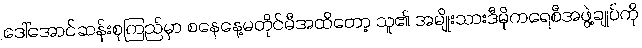
ဒေါ်အောင်ဆန်းစုကြည်မှာ စနေနေ့မတိုင်မီအထိတော့ သူ၏ အမျိုးသားဒီမိုကရေစီအဖွဲ့ချုပ်ကို